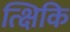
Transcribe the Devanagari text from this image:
त्क्षिकि